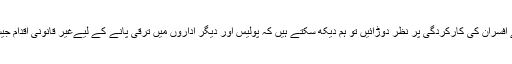
ہم اگر ترقی پانے والے افسران کی کارکردگی پر نظر دوڑائیں تو ہم دیکھ سکتے ہیں کہ پولیس اور دیگر اداروں میں ترقی پانے کے لیےغیر قانونی اقدام جیسے معیار بن چکا ہے۔